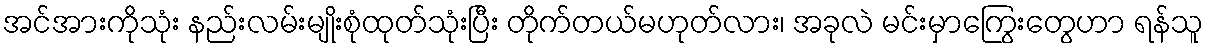
အင်အားကိုသုံး နည်းလမ်းမျိုးစုံထုတ်သုံးပြီး တိုက်တယ်မဟုတ်လား၊ အခုလဲ မင်းမှာကြွေးတွေဟာ ရန်သူ